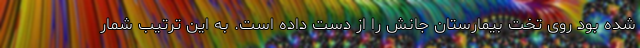
شده بود روی تخت بیمارستان جانش را از دست داده است. به این ترتیب شمار